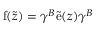
\mathrm { f } ( \tilde { z } ) = \gamma ^ { B } \tilde { \mathrm { e } } ( z ) \gamma ^ { B }